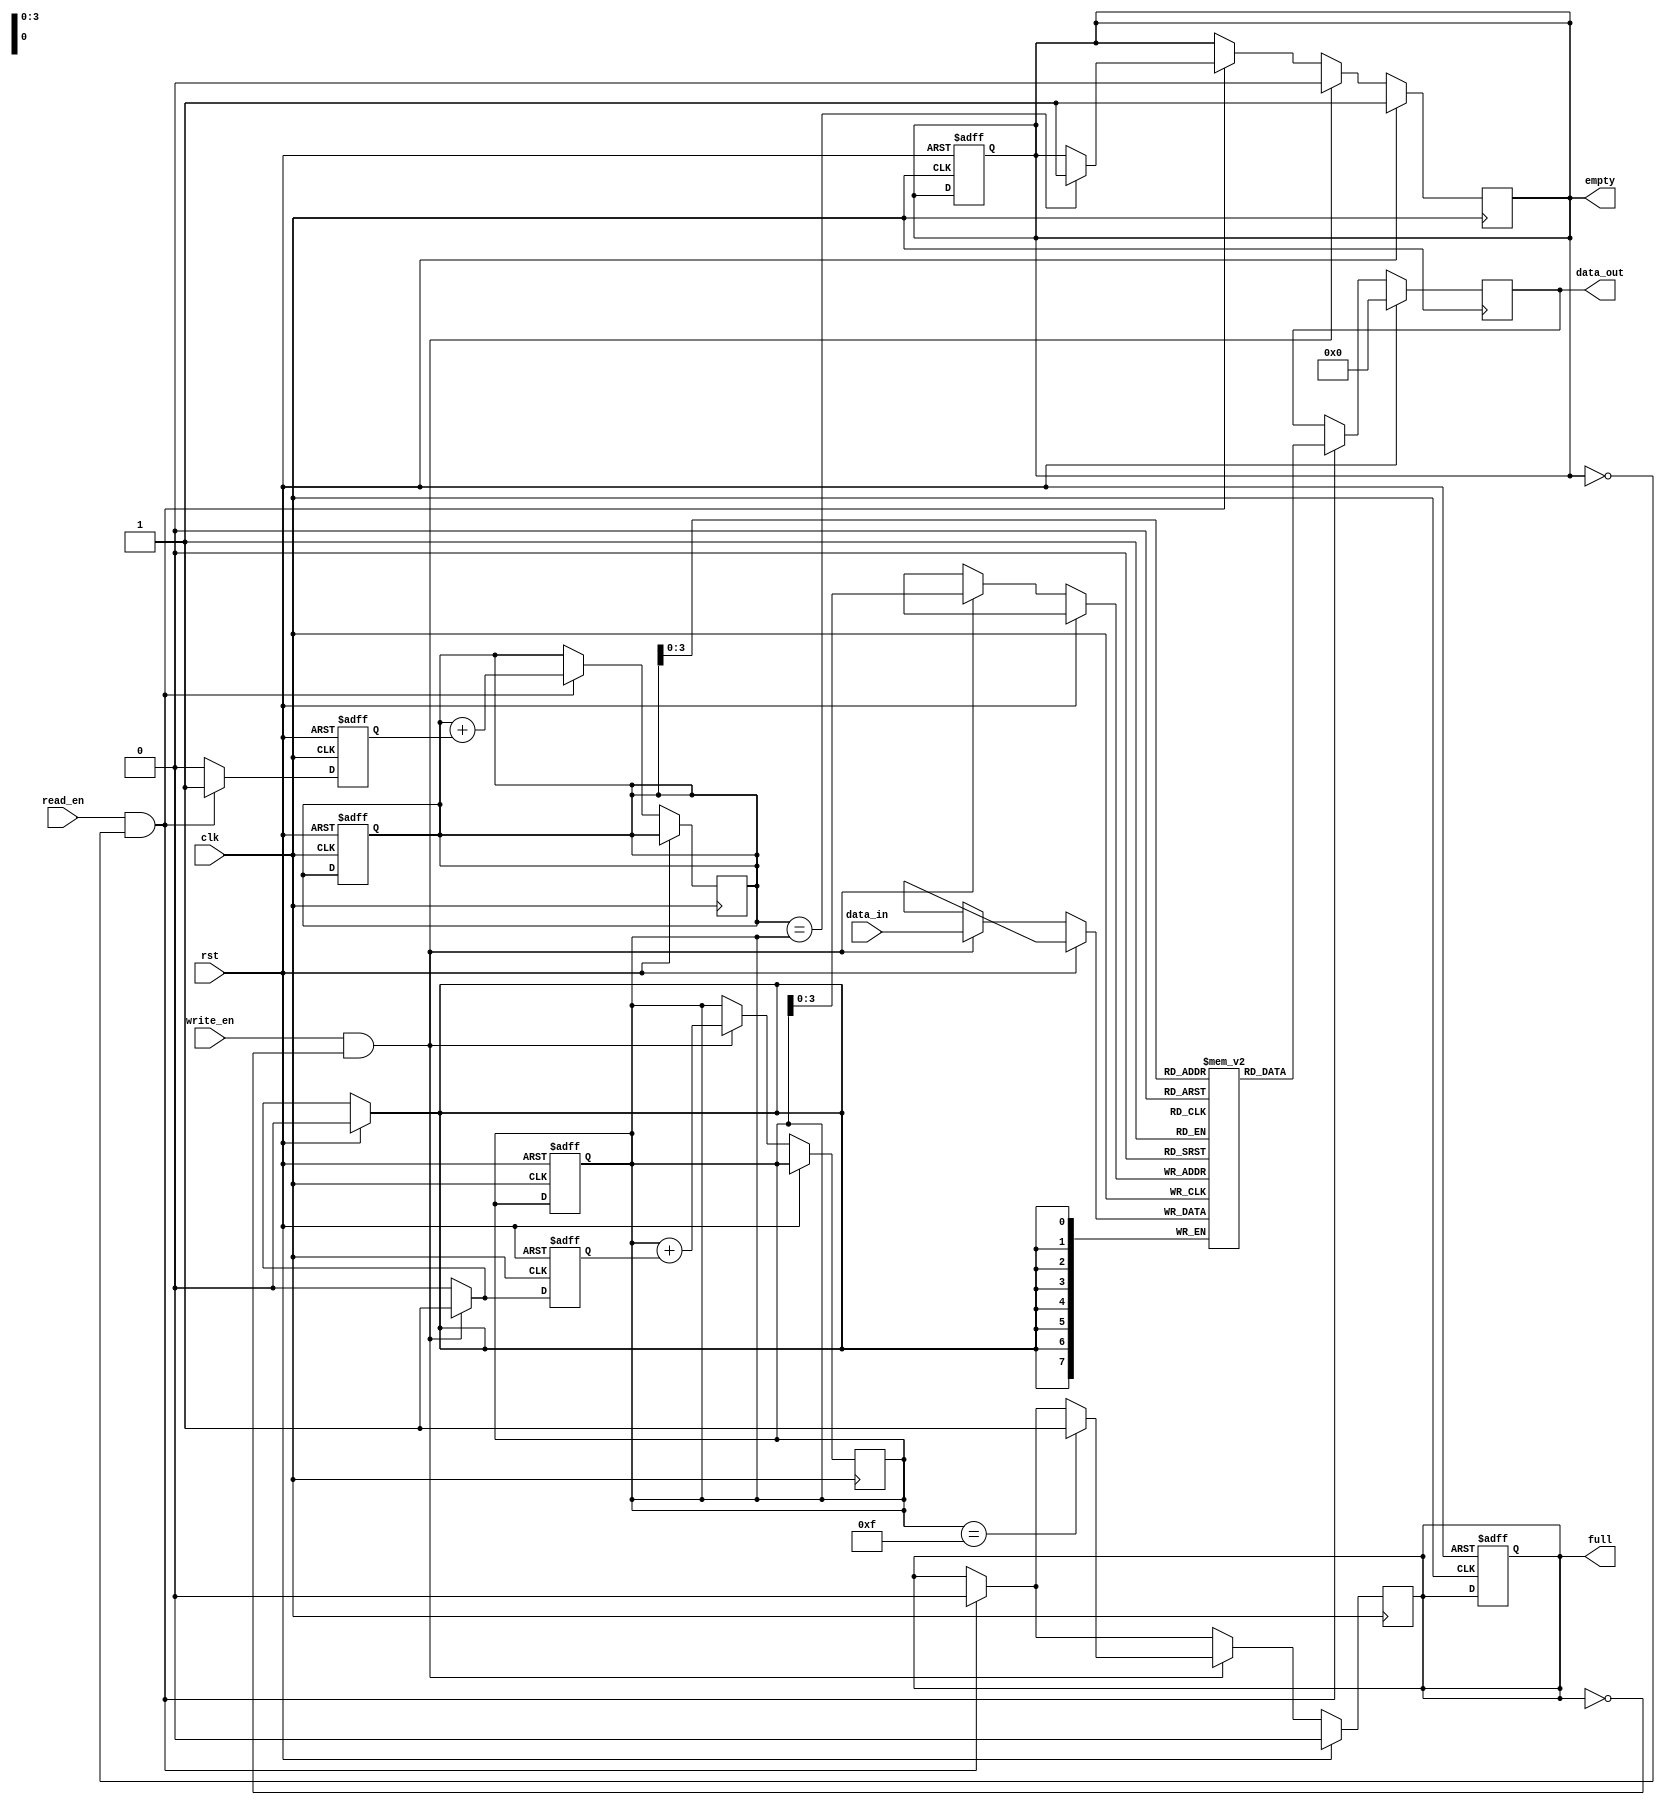
module async_fifo (
    input wire clk,
    input wire rst,
    input wire read_en,
    input wire write_en,
    input wire [DATA_WIDTH-1:0] data_in,
    output reg [DATA_WIDTH-1:0] data_out,
    output reg empty,
    output reg full
);

parameter FIFO_DEPTH = 16;
parameter DATA_WIDTH = 8;

reg [DATA_WIDTH-1:0] fifo[FIFO_DEPTH-1:0];
reg [DATA_WIDTH-1:0] read_ptr = 0;
reg [DATA_WIDTH-1:0] write_ptr = 0;
reg [DATA_WIDTH-1:0] next_read_ptr;
reg [DATA_WIDTH-1:0] next_write_ptr;
reg read_ptr_next;
reg write_ptr_next;

always @(posedge clk or posedge rst) begin
    if (rst) begin
        read_ptr <= 0;
        write_ptr <= 0;
        read_ptr_next <= 0;
        write_ptr_next <= 0;
        empty <= 1;
        full <= 0;
    end else begin
        if (read_en && !empty) begin
            read_ptr_next <= 1;
        end else begin
            read_ptr_next <= 0;
        end
        
        if (write_en && !full) begin
            write_ptr_next <= 1;
        end else begin
            write_ptr_next <= 0;
        end
    end
end

always @(*) begin
    next_read_ptr = read_ptr + read_ptr_next;
    next_write_ptr = write_ptr + write_ptr_next;
end

always @(posedge clk) begin
    if (rst) begin
        data_out <= 0;
        empty <= 1;
        full <= 0;
    end else begin
        if (read_en && !empty) begin
            data_out <= fifo[read_ptr];
            if (read_ptr == write_ptr) begin
                empty <= 1;
            end
            full <= 0;
            read_ptr <= next_read_ptr;
        end
        
        if (write_en && !full) begin
            fifo[write_ptr] <= data_in;
            if (write_ptr == (FIFO_DEPTH-1)) begin
                full <= 1;
            end
            empty <= 0;
            write_ptr <= next_write_ptr;
        end
    end
end

endmodule